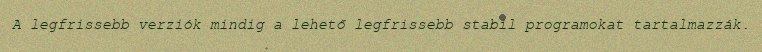
A legfrissebb verziók mindig a lehető legfrissebb stabil programokat tartalmazzák.